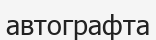
автографта